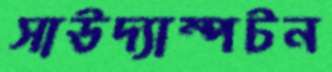
সাউদ্যাম্পটন